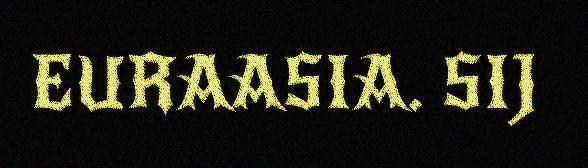
EURAASIA. SIJ